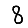
Digit: 8